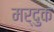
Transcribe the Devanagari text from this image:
मर्दुक